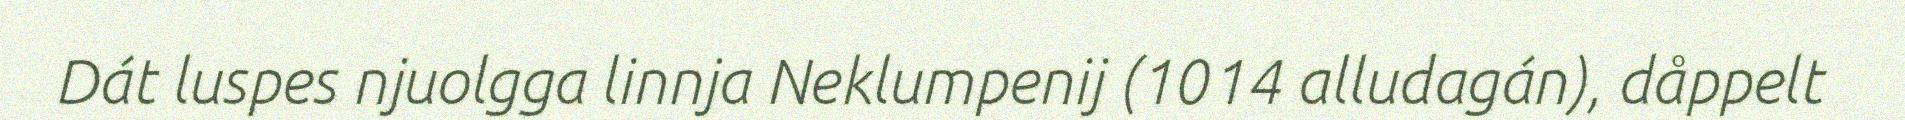
Dát luspes njuolgga linnja Neklumpenij (1014 alludagán), dåppelt